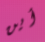
أين